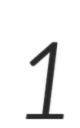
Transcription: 1